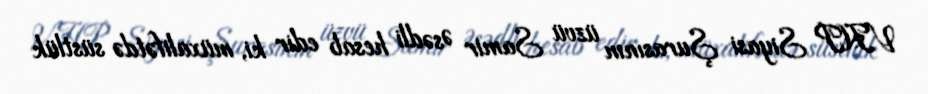
VHP Siyasi Şurasının üzvü Samir Əsədli hesab edir ki, müxalifətdə süstlük